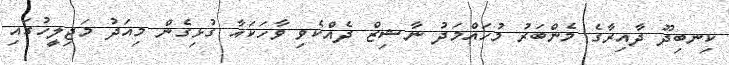
ކިނބިދޫ ދާއިރާގެ މެންބަރު މުހައްމަދު ނާޝިޒް ދެއްކެވި ވާހަކައާ ގުޅިގެން މިއަދު މަޖިލީހުގައި